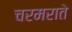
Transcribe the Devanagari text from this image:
चरमराते